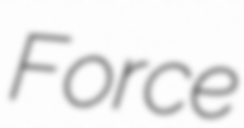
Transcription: Force